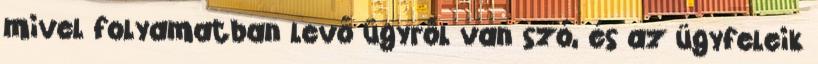
mivel folyamatban levő ügyről van szó, és az ügyfeleik